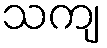
သကျ